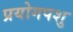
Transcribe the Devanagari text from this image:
प्रयोगपशु